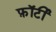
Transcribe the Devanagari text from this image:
फ़ॉर्टी